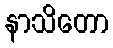
နာသိတော